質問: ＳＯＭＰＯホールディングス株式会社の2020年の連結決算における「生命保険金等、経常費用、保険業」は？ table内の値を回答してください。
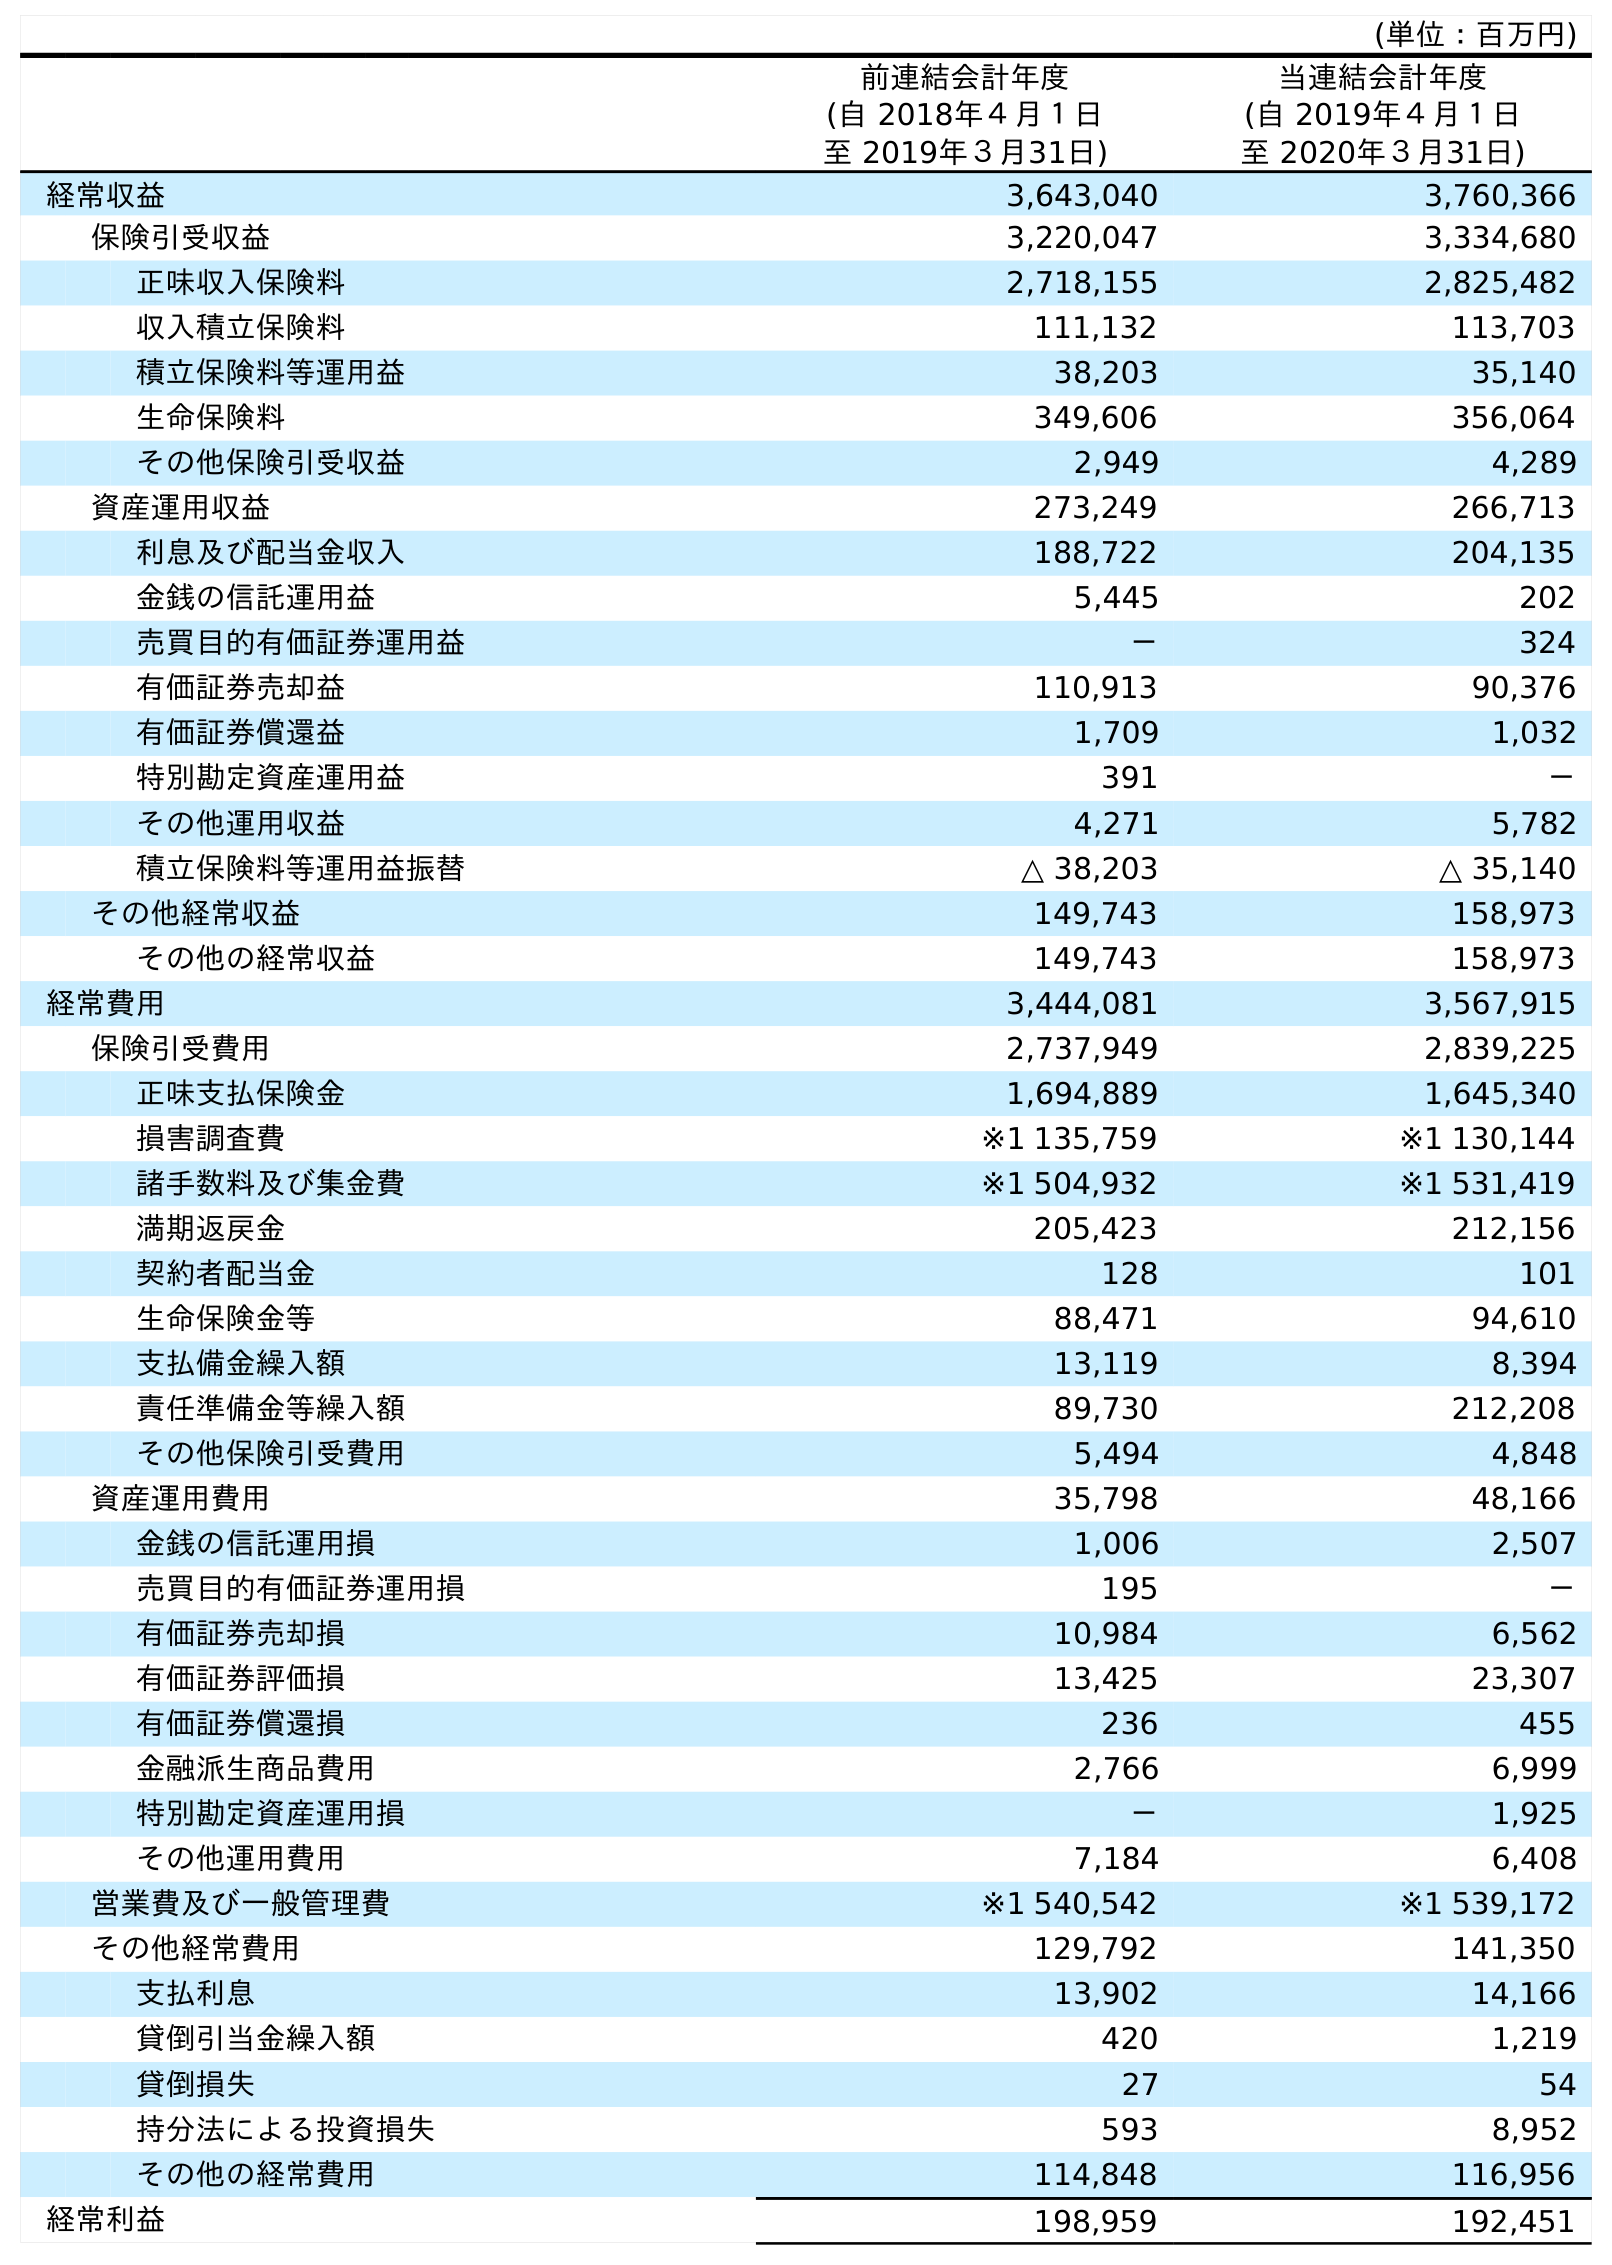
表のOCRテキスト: (単位：百万円) 前連結会計年度 (自 2018年４月１日 至 2019年３月31日) 当連結会計年度 (自 2019年４月１日 至 2020年３月31日) 経常収益 3,643,040 3,760,366 保険引受収益 3,220,047 3,334,680 正味収入保険料 2,718,155 2,825,482 収入積立保険料 111,132 113,703 積立保険料等運用益 38,203 35,140 生命保険料 349,606 356,064 その他保険引受収益 2,949 4,289 資産運用収益 273,249 266,713 利息及び配当金収入 188,722 204,135 金銭の信託運用益 5,445 202 売買目的有価証券運用益 － 324 有価証券売却益 110,913 90,376 有価証券償還益 1,709 1,032 特別勘定資産運用益 391 － その他運用収益 4,271 5,782 積立保険料等運用益振替 △ 38,203 △ 35,140 その他経常収益 149,743 158,973 その他の経常収益 149,743 158,973 経常費用 3,444,081 3,567,915 保険引受費用 2,737,949 2,839,225 正味支払保険金 1,694,889 1,645,340 損害調査費 ※1 135,759 ※1 130,144 諸手数料及び集金費 ※1 504,932 ※1 531,419 満期返戻金 205,423 212,156 契約者配当金 128 101 生命保険金等 88,471 94,610 支払備金繰入額 13,119 8,394 責任準備金等繰入額 89,730 212,208 その他保険引受費用 5,494 4,848 資産運用費用 35,798 48,166 金銭の信託運用損 1,006 2,507 売買目的有価証券運用損 195 － 有価証券売却損 10,984 6,562 有価証券評価損 13,425 23,307 有価証券償還損 236 455 金融派生商品費用 2,766 6,999 特別勘定資産運用損 － 1,925 その他運用費用 7,184 6,408 営業費及び一般管理費 ※1 540,542 ※1 539,172 その他経常費用 129,792 141,350 支払利息 13,902 14,166 貸倒引当金繰入額 420 1,219 貸倒損失 27 54 持分法による投資損失 593 8,952 その他の経常費用 114,848 116,956 経常利益 198,959 192,451
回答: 94,610